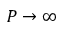
P \to \infty